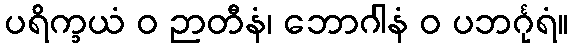
ပရိက္ခယံ ဝ ဉာတီနံ၊ ဘောဂါနံ ဝ ပဘင်္ဂုရံ။